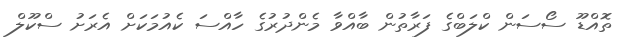
ތޮއްޑޫ ސޯސަން ކްލަބްގެ ފަރާތުން ބާއްވާ މެންދުރުގެ ހާއްސަ ކެއުމަކަށް އެރަށު ސްކޫލް